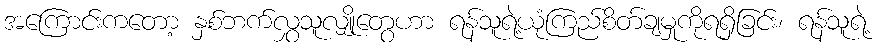
အကြောင်းကတော့ နှစ်ဘက်လွှသူလျှိုတွေဟာ ရန်သူရဲ့ယုံကြည်စိတ်ချမှုကိုရရှိခြင်း၊ ရန်သူရဲ့